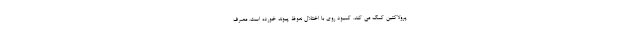
پرولاکتین کمک می کند. کمبود روی با اختلال نعوظ پیوند خورده است. مصرف